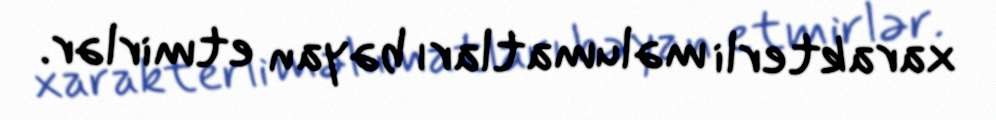
xarakterli məlumatları bəyan etmirlər.